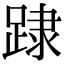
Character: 䠈